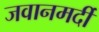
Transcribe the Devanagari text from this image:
जवानमर्दी